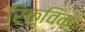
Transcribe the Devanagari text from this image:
रिक़्विम